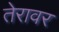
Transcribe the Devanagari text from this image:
तेरावर